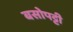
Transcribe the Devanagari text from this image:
बसोपट्टी